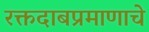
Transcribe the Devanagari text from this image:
रक्तदाबप्रमाणाचे